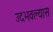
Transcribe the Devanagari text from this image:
उदभवल्यास